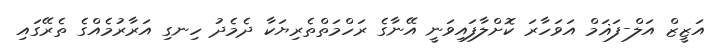
އަޒީޒް އަލް-ފަޣަމް އަވަހާރަ ކޮށްލާފައިވަނީ އޭނާގެ ރަހްމަތްތެރިޔަކާ ދެމެދު ހިނގި އަރާރުމެއްގެ ތެރޭގައި